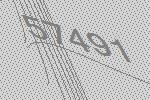
57491